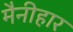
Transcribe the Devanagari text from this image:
मैनीहार